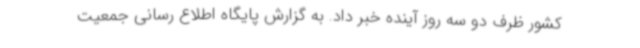
کشور ظرف دو سه روز آینده خبر داد. به گزارش پایگاه اطلاع رسانی جمعیت